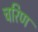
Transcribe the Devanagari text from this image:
चरिण